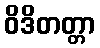
ဝိဒိတတ္တာ